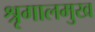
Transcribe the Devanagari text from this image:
श्रृगालमुख